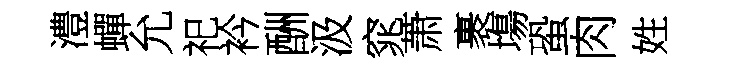
澧蟬允祀衿酬汲窕萧裹塲蛩肉姓